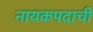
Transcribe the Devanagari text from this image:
नायकपदाची